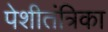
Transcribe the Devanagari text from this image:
पेशीतंत्रिका